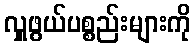
လှူဖွယ်ပစ္စည်းများကို